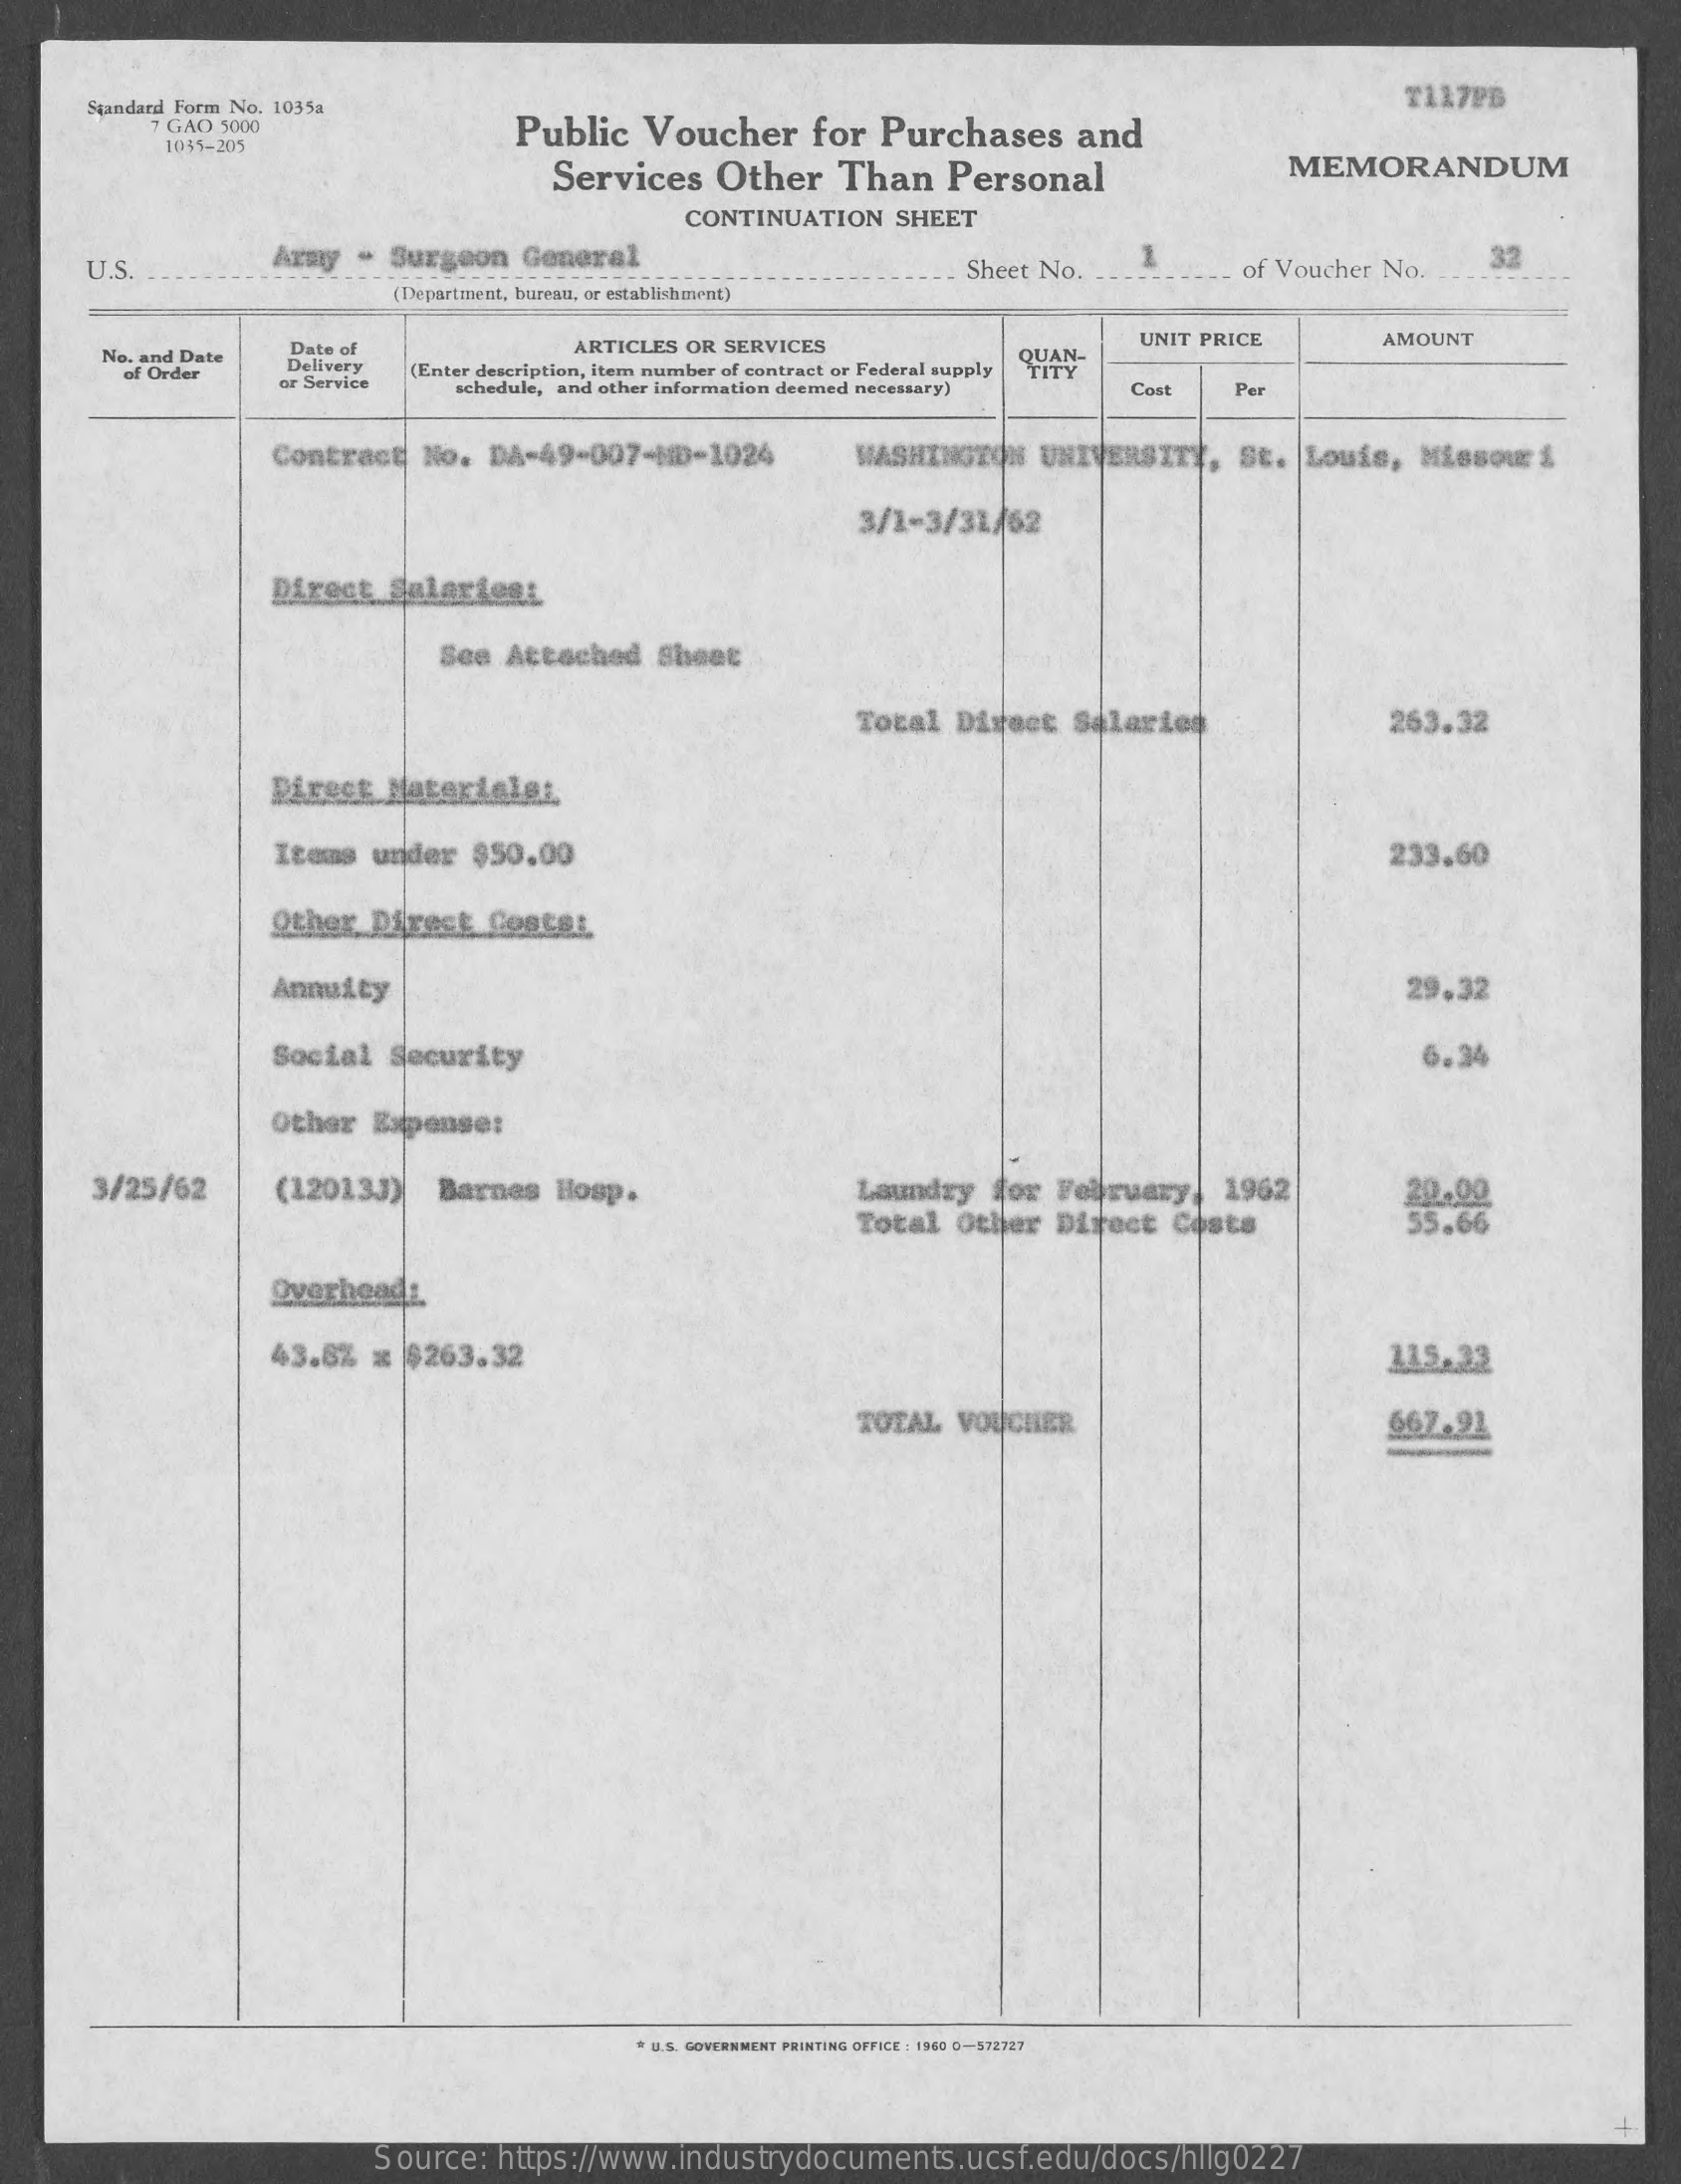
Standard Form No. 1035a
     7 GAO 5000    Public Voucher for Purchases and
     T137PB
     1055-205
     Services Other Than Personal    MEMORANDUM
     CONTINUATION SHEET
     U.S.    Army - Surgeon General
     -
     Sheet No.    of Voucher No. 32
     (Department, bureau, or establishment)
     No. and Date
     Date of    ARTICLES OR SERVICES
     QUAN-
     UNIT PRICE  AMOUNT
     of Order
     Delivery
     or Service
     (Enter description, item number of contract or Federal supply
     schedule, and other information deemed necessary) Cost Per
     Contract No. DA-49-007-MD-1024 WASHINGTON UNIVERSITY, St. Louis, Missouri
     3/1-3/31/62
     Direct Salarient
     See Attached Sheet
     Total Direct Salaries    263.32
     Direct Materialet
     Items under $50.00    233.60
     Other Direct Cosce:
     Annuity    29,32
     Social Security    6.34
     Other Expense:
     3/25/62  (120133) Barnes Hosp.    Laundry for February, 1962
     Total Other Direct Costs
     20.00
     55.66
     Overheads
     43.8% x $263.32    11.5.22
     TOTAL VOUCHER    667.91
     * U.S. GOVERNMENT PRINTING OFFICE : 1960 0-372727
     Source: https://www.industrydocuments.ucsf.edu/docs/hllg0227